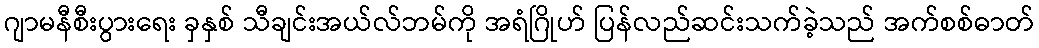
ဂျာမနီစီးပွားရေး ခှနှစ် သီချင်းအယ်လ်ဘမ်ကို အရံဂြိုဟ် ပြန်လည်ဆင်းသက်ခဲ့သည် အက်စစ်ဓာတ်